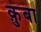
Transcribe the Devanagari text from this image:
क़ुबा